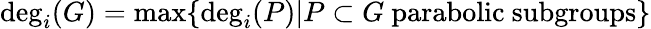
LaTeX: \deg_{i}(G)=\operatorname*{max}\{ \deg_{i}(P)|P\subset G{\mathrm{~parabolic~subgroups}}\}